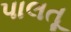
પાલતૂ